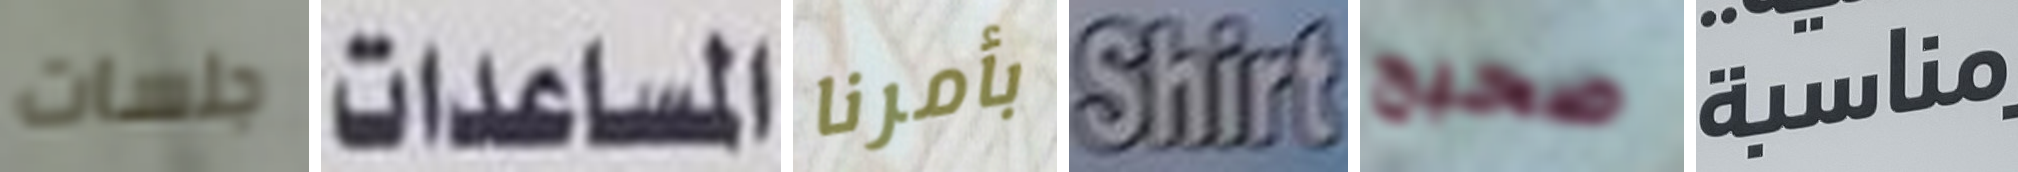
جلسات المساعدات بأمرنا Shirt صحيح مناسبة